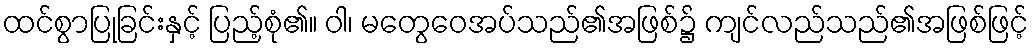
ထင်စွာပြုခြင်းနှင့် ပြည့်စုံ၏။ ဝါ၊ မတွေဝေအပ်သည်၏အဖြစ်၌ ကျင်လည်သည်၏အဖြစ်ဖြင့်